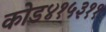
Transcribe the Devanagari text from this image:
कोड४१५३११